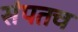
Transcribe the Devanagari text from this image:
संपतच